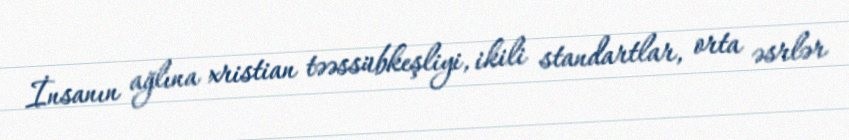
İnsanın ağlına xristian təəssübkeşliyi, ikili standartlar, orta əsrlər